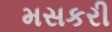
મસકરી